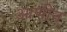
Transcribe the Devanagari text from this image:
आणीन